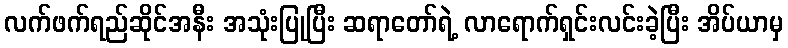
လက်ဖက်ရည်ဆိုင်အနီး အသုံးပြုပြီး ဆရာတော်ရဲ့ လာရောက်ရှင်းလင်းခဲ့ပြီး အိပ်ယာမှ